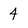
Character: 4